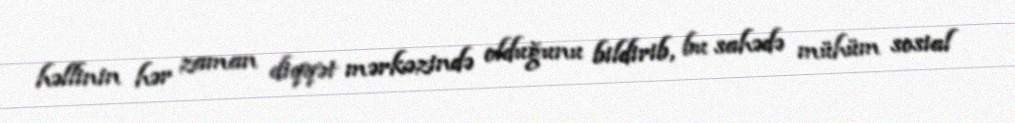
həllinin hər zaman diqqət mərkəzində olduğunu bildirib, bu sahədə mühüm sosial